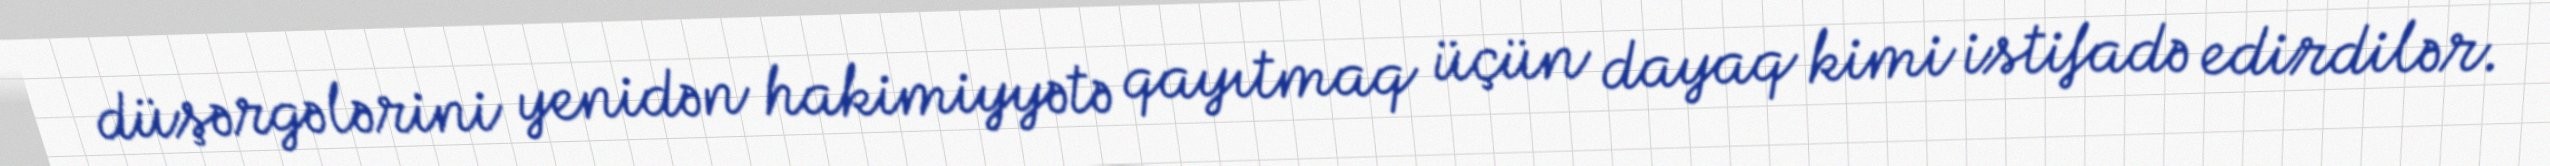
düşərgələrini yenidən hakimiyyətə qayıtmaq üçün dayaq kimi istifadə edirdilər.